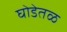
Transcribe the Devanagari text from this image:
घोडेतळ